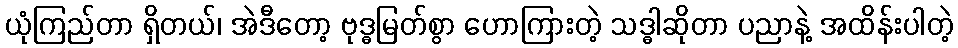
ယုံကြည်တာ ရှိတယ်၊ အဲဒီတော့ ဗုဒ္ဓမြတ်စွာ ဟောကြားတဲ့ သဒ္ဓါဆိုတာ ပညာနဲ့ အထိန်းပါတဲ့